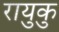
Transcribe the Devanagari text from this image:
रायुकु